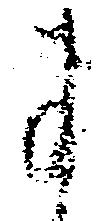
に